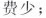
费少；